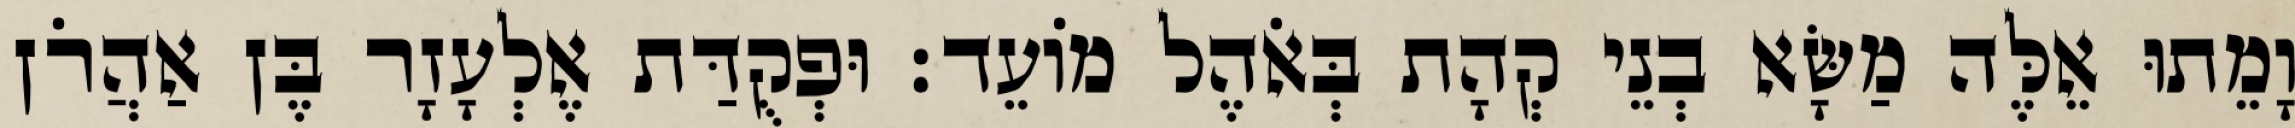
וָמֵתוּ אֵלֶּה מַשָּׂא בְנֵי קְהָת בְּאֹהֶל מוֹעֵד׃ וּפְקֻדַּת אֶלְעָזָר בֶּן אַהֲרֹן